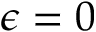
\epsilon = 0